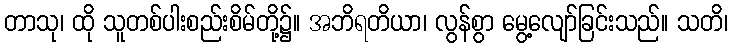
တာသု၊ ထို သူတစ်ပါးစည်းစိမ်တို့၌။ အဘိရတိယာ၊ လွန်စွာ မွေ့လျော်ခြင်းသည်။ သတိ၊